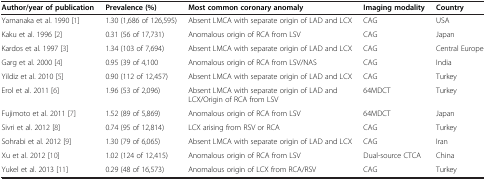
<table><thead><tr><td><b>Author/year of publication</b></td><td><b>Prevalence (%)</b></td><td><b>Most common coronary anomaly</b></td><td><b>Imaging modality</b></td><td><b>Country</b></td></tr></thead><tbody><tr><td>Yamanaka et al. 1990 [1]</td><td>1.30 (1,686 of 126,595)</td><td>Absent LMCA with separate origin of LAD and LCX</td><td>CAG</td><td>USA</td></tr><tr><td>Kaku et al. 1996 [2]</td><td>0.31 (56 of 17,731)</td><td>Anomalous origin of RCA from LSV</td><td>CAG</td><td>Japan</td></tr><tr><td>Kardos et al. 1997 [3]</td><td>1.34 (103 of 7,694)</td><td>Absent LMCA with separate origin of LAD and LCX</td><td>CAG</td><td>Central Europe</td></tr><tr><td>Garg et al. 2000 [4]</td><td>0.95 (39 of 4,100</td><td>Anomalous origin of RCA from LSV/NAS</td><td>CAG</td><td>India</td></tr><tr><td>Yildiz et al. 2010 [5]</td><td>0.90 (112 of 12,457)</td><td>Absent LMCA with separate origin of LAD and LCX</td><td>CAG</td><td>Turkey</td></tr><tr><td>Erol et al. 2011 [6]</td><td>1.96 (53 of 2,096)</td><td>Absent LMCA with separate origin of LAD and LCX/Origin of RCA from LSV</td><td>64MDCT</td><td>Turkey</td></tr><tr><td>Fujimoto et al. 2011 [7]</td><td>1.52 (89 of 5,869)</td><td>Anomalous origin of RCA from LSV</td><td>64MDCT</td><td>Japan</td></tr><tr><td>Sivri et al. 2012 [8]</td><td>0.74 (95 of 12,814)</td><td>LCX arising from RSV or RCA</td><td>CAG</td><td>Turkey</td></tr><tr><td>Sohrabi et al. 2012 [9]</td><td>1.30 (79 of 6,065)</td><td>Absent LMCA with separate origin of LAD and LCX</td><td>CAG</td><td>Iran</td></tr><tr><td>Xu et al. 2012 [10]</td><td>1.02 (124 of 12,415)</td><td>Anomalous origin of RCA from LSV</td><td>Dual-source CTCA</td><td>China</td></tr><tr><td>Yukel et al. 2013 [11]</td><td>0.29 (48 of 16,573)</td><td>Anomalous origin of LCX from RCA/RSV</td><td>CAG</td><td>Turkey</td></tr></tbody></table>